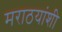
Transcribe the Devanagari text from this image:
मराठयांशी